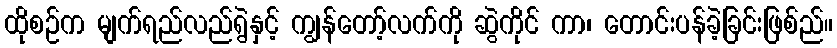
ထိုစဉ်က မျက်ရည်လည်ရွဲနှင့် ကျွန်တော့်လက်ကို ဆွဲကိုင် ကာ၊ တောင်းပန်ခဲ့ခြင်းဖြစ်ည်။